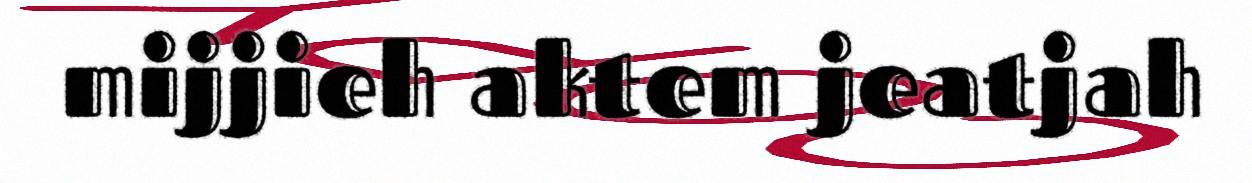
mijjieh aktem jeatjah